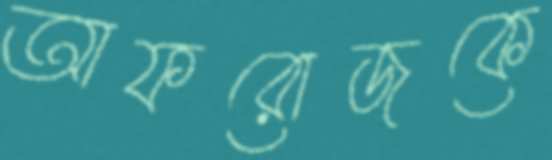
আফরোজকে